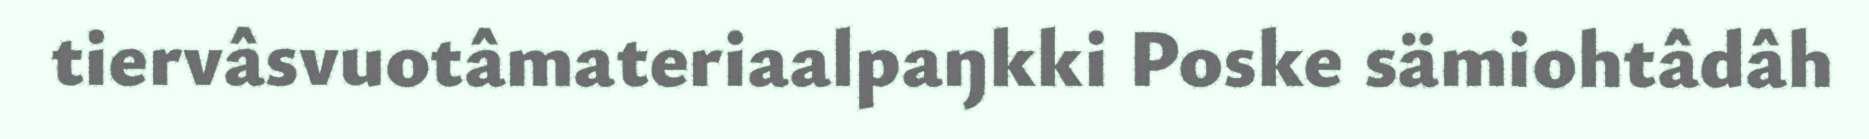
tiervâsvuotâmateriaalpaŋkki Poske sämiohtâdâh